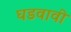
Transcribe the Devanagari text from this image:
घडवावी